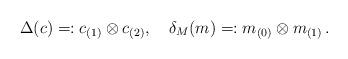
LaTeX: \begin{align*}\Delta(c)=:c_{(1)}\otimes c_{(2)},\quad\delta_M(m)=:m_{(0)}\otimes m_{(1)}\,.\end{align*}